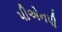
પીએનપી